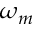
\omega _ { m }